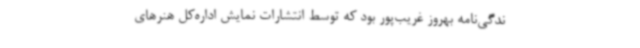
ندگی‌نامه بهروز غریب‌پور بود که توسط انتشارات نمایش اداره‌کل هنرهای